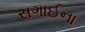
સગાઈના